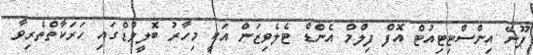
ޕޫނޭ އިންސްޓިޓިއުޓް އޮފް ފިލްމް އެންޑް ޓެލެވިޒަން އަކީ މިހާރު ބޮލީވުޑްގައި ހަރަކާތްތެރިވާ